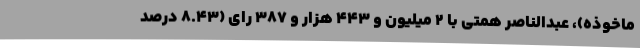
ماخوذه)، عبدالناصر همتی با ۲ میلیون و ۴۴۳ هزار و ۳۸۷ رای (۸.۴۳ درصد